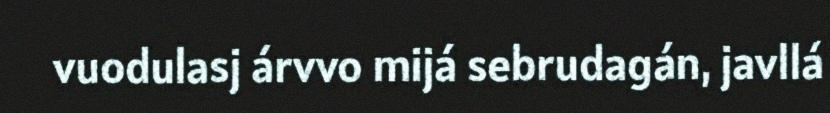
vuodulasj árvvo mijá sebrudagán, javllá